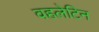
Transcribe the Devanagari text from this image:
वहलेटिन